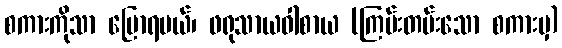
စကားကိုသာ ပြောရမယ်၊ ဖရုသာယဝါစာယ (ကြမ်းတမ်းသော စကားမှ)